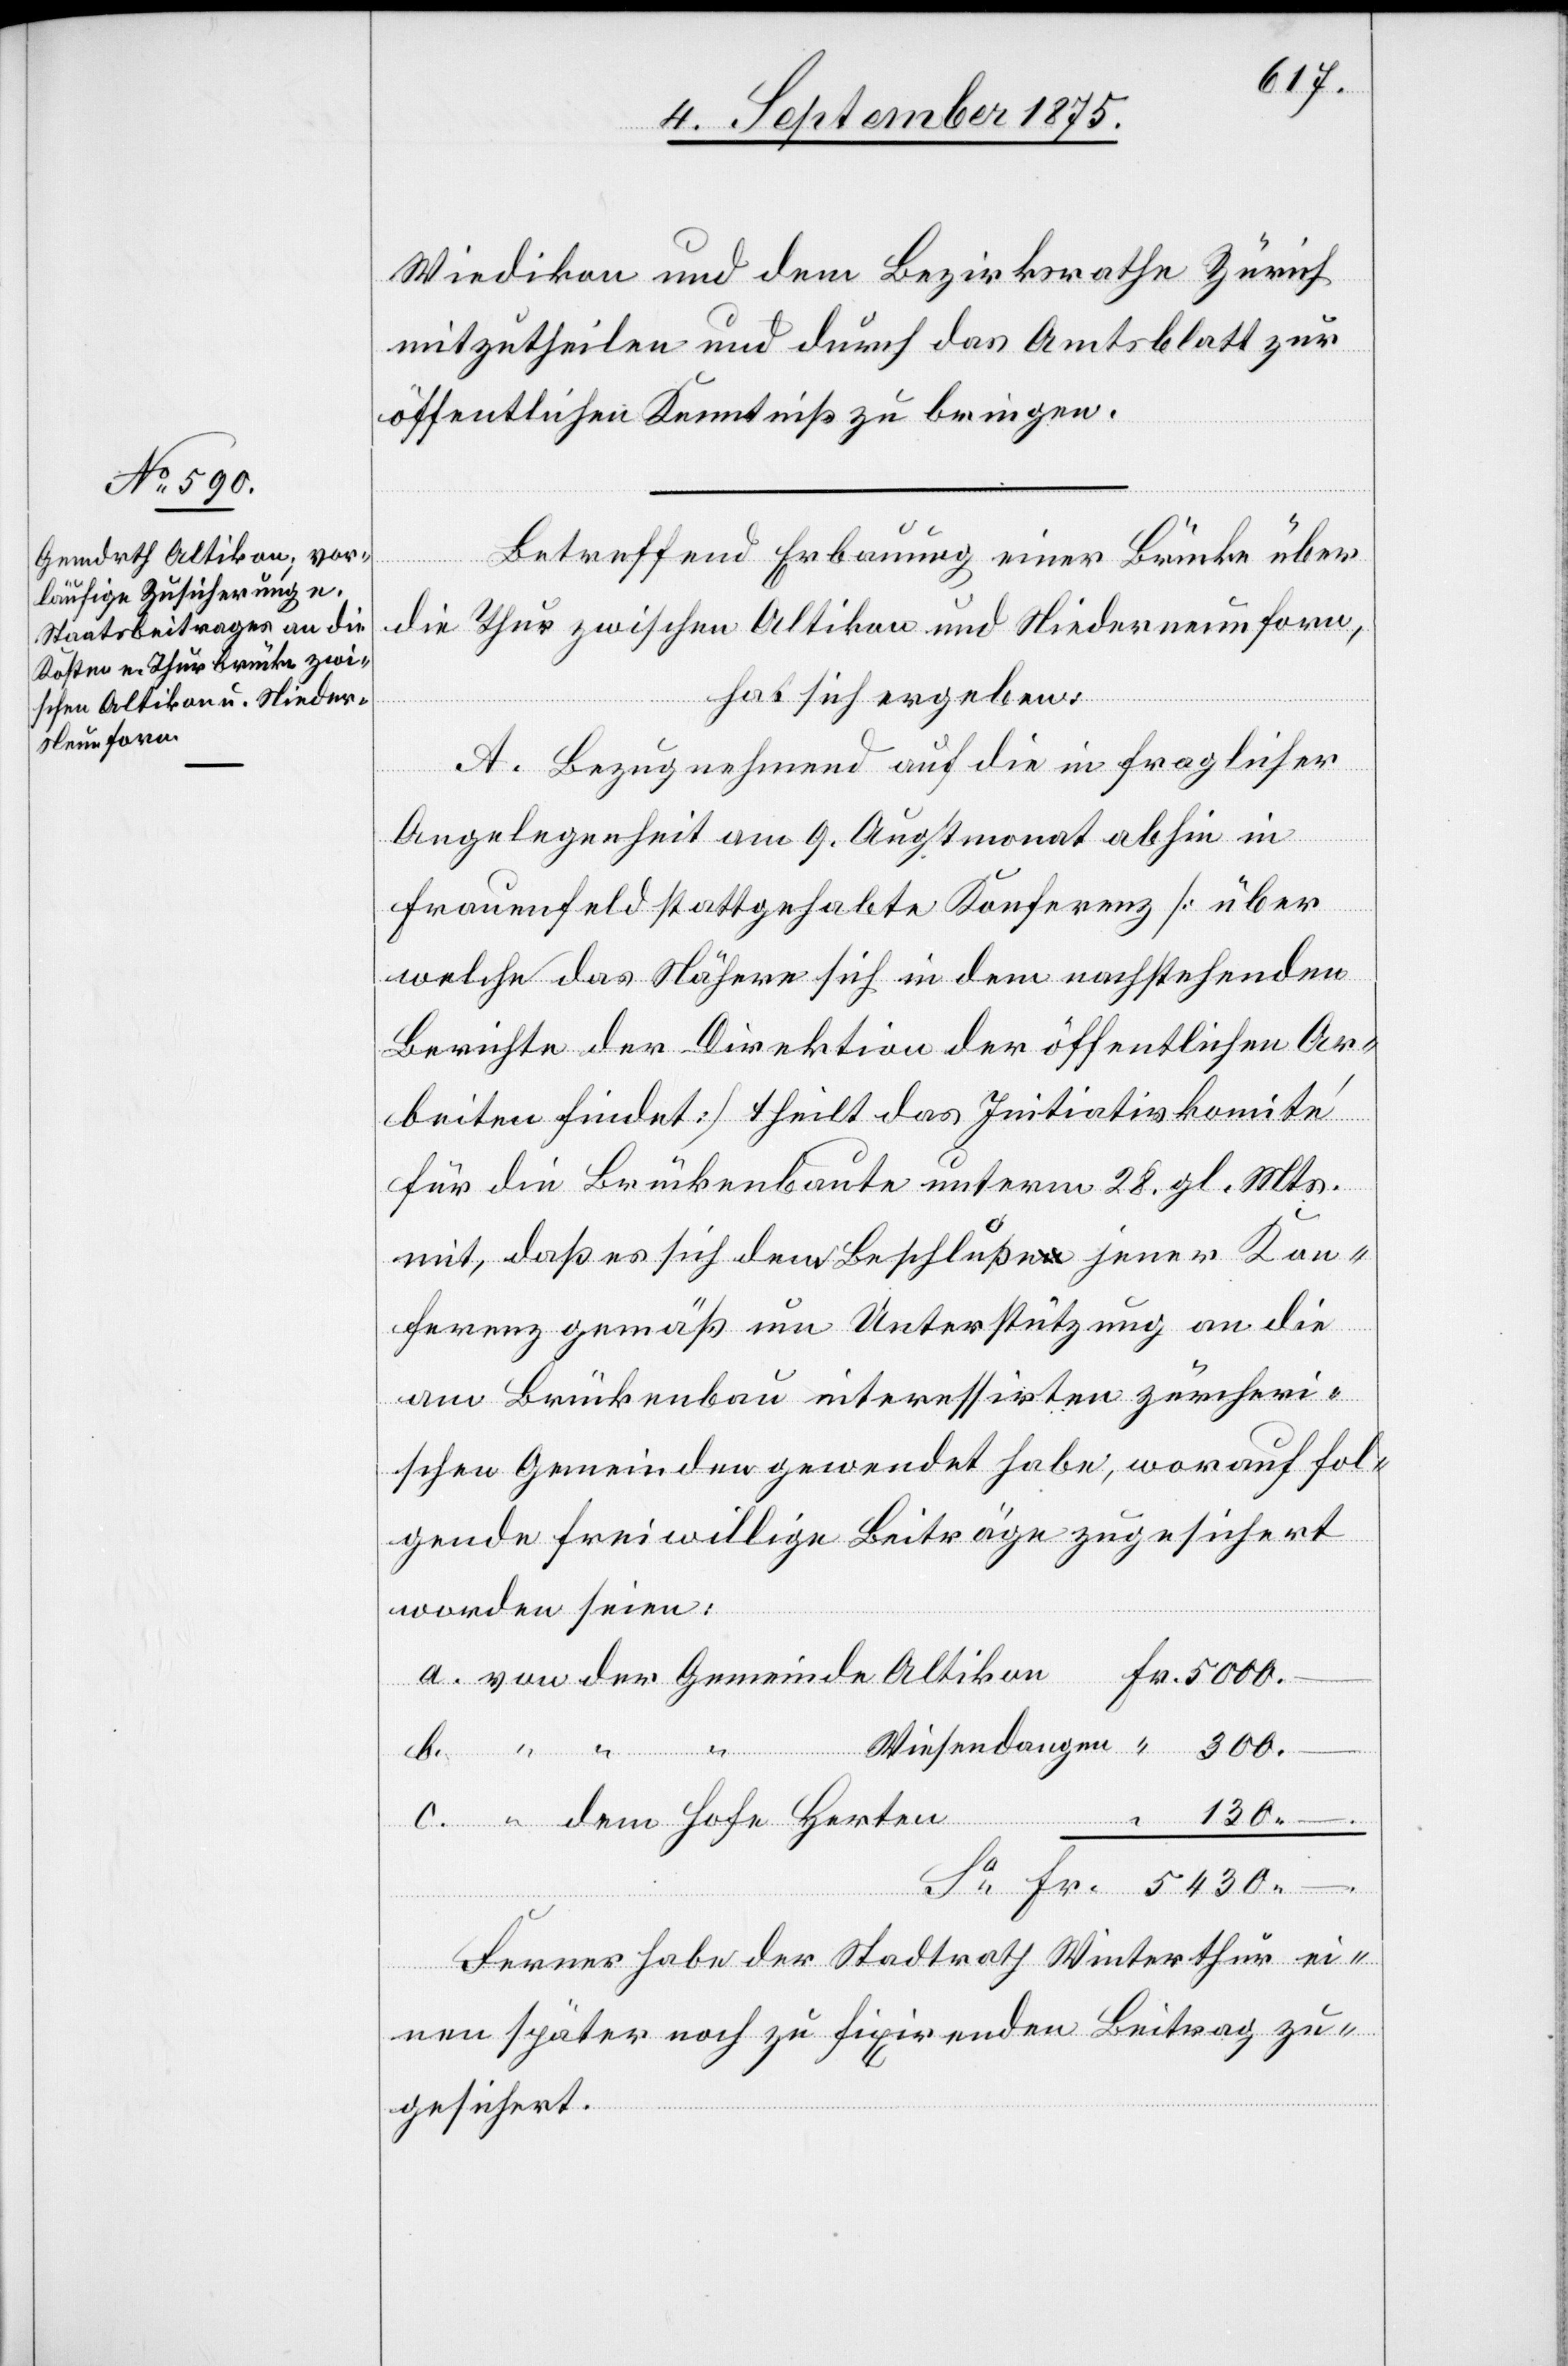
Wiedikon und dem Bezirksrathe Zürich
mitzutheilen und durch das Amtsblatt zur
öffentlichen Kenntniß zu bringen.
Betreffend Erbauung einer Brücke über
–.
die Thur zwischen Altikon und Niederneunforn,
hat sich ergeben:
A. Bezug nehmend auf die in fraglicher
Angelegenheit am 9. Augstmonat abhin in
Frauenfeld stattgehabte Konferenz [über
welche das Nähere sich in dem nachstehenden
Berichte der Direktion der öffentlichen Ar¬
beiten findet] theilt das Initiativkomité
für die Brückenbaute unterm 28. gl. Mts.
mit, daß es sich dem Beschluße jener Kon¬
ferenz gemäß um Unterstützung an die
am Brückenbau interessirten zürcheri¬
schen Gemeinden gewendet habe, worauf fol¬
gende freiwillige Beiträge zugesichert
worden seien:
Hofe Herten
5430.
Ferner habe der Stadtrath Winterthur ei¬
nen später noch zu fixirenden Beitrag zu¬
gesichert.